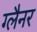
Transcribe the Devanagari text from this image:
ग्लैनर